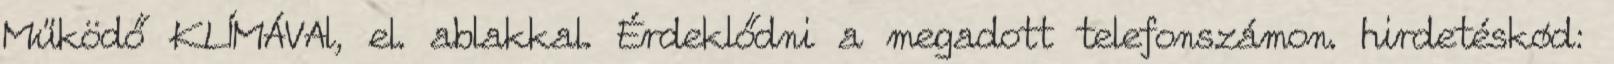
Működő KLÍMÁVAl, el. ablakkal. Érdeklődni a megadott telefonszámon. hirdetéskód: